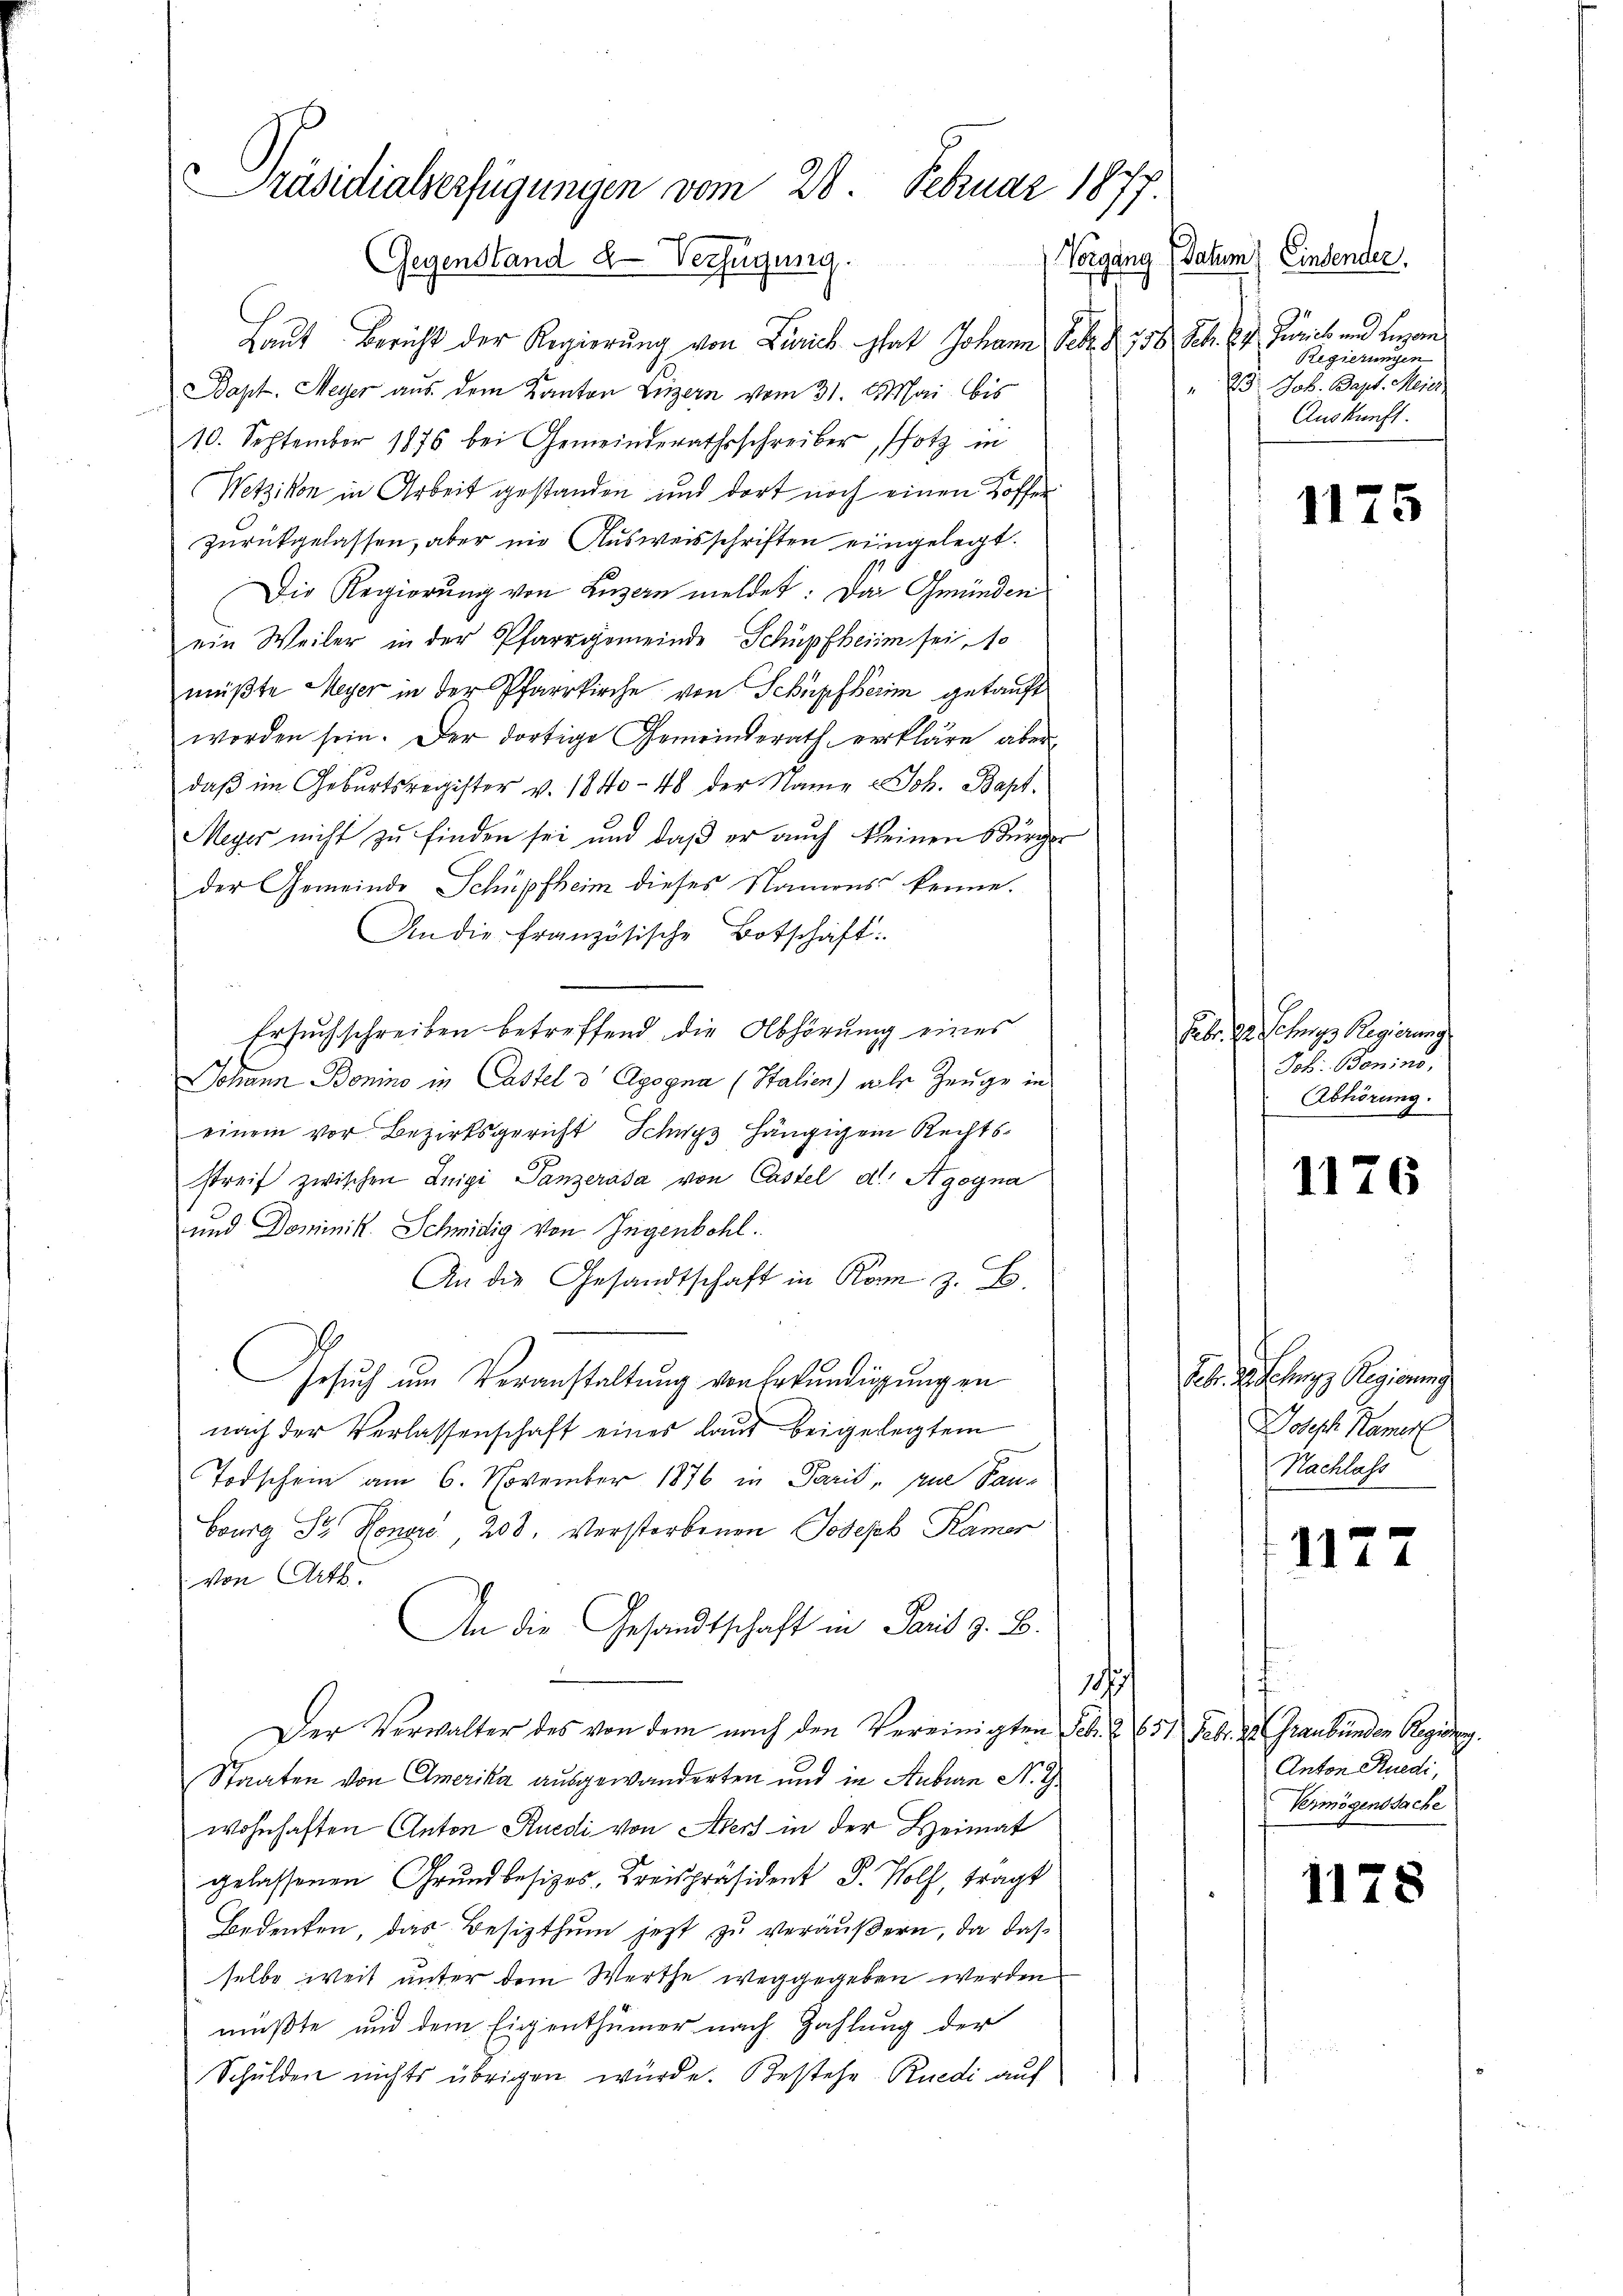
Präsidialverfügungen vom 28. Februar 1877.
Vorgang
Gegenstand 2. Verfügung.

Laut Bericht der Regierung von Zürich hat Johann Febr. 158. Febr. 17. Juris und Legan¬
Bapt. Meyer aus dem Kanton Luzern vom 31. Mai bis
10. September 1876 bei Gemeinderathsschreiber, Photz in
Wetzikon in Arbeit gestanden und dort noch einen Hoffer
zurückgelassen, aber nie Ausweisschriften eingelegt.
Die Regierung von Luzern meldet: Das Gmünden
ein Weiler in der Pfarrgemeinde Schüpfheim sei, so
müßte Meyer in der Pfarrkirche von Schüpfherin getauft
worden sein. Der dortige Gemeinderath erkläre aber
 daβ im Geburtsregister v. 1840 - 48 der Name Joh. Bapt.
Meyer nicht zu finden sei und daß er auch keinen Bürger
der Gemeinde Schüpfheim dieses Namens kenne.
An die französische Botschaft:
Ersuchschreiben betreffend die Abhörung eines
Johann Bonino in Castel d' Agogna (Italien) alle Zeuge in
einem vor Bezirksgericht Schwyz hängigem Rechtsstreif zwischen Inipi Tanzerasa von Castel d. Agogna
und Dominik. Schmidig von Ingenbohl.
An die Gesandtschaft in Konn z. B.
Gesŭch ŭm Veranstaltung von Erkundigungen
nach der Verlassenschaft eines laut beigelegtem
Todschein am 6. November 1876 in Paris, zue Pan¬
Bourg Dr. Honore 208. Verstorbenen Joseph Kämer
von Art.
An die Gesandtschaft in Paris z. B.
187
Der Verwalter des von dem nach den Vereinigten Feb. 2 (51 Febr. 20 Graubünden Regieng.
Staaten von Amerika ausgewanderten und in Aebern N. G
wohnhaften Anton Ruedi von Aders in der Heimat
gelassenen Grundbesizos-Kreispräsident D. Wolf, tragt
Bedenken, das Besizthum jetzt zu veräußern, da das
selbe weit unter dem Werthe weggegeben werden
mußte und dem Eigenthümer nach Zahlung der
Schulden nichts übrigen würde. Bestehe. Rüedi auf

Datum) Einsender.
Regierungen
" 25 Joh. Bapt. Meis
Auskunft.

1175

Febr. pr. Chrige Regierung
Job. Bonins,
Abhörung.

1176

Feb. Schen Regierung
Dosisch Kamer
Nachlass

1172

f
Anton Ruedi,
Vermögenssache

1178